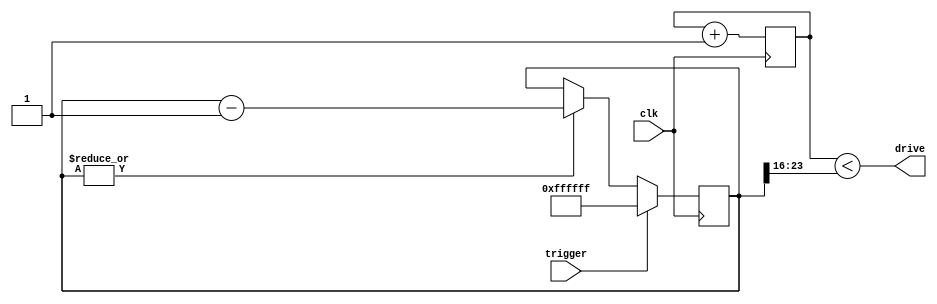
// When triggered, turn the output to maximum and start fading to black

// by teknohog

module pwm_fade (clk, trigger, drive);
   input trigger;
   input clk;
   output drive;

   //parameter FADE_BITS = 27;
   parameter LEVEL_BITS = 8;

   // Average block interval in clock cycles is
   // 2**32 / (clk * 0.5**ll2 * miners) * clk
   // where (clk * 0.5**ll2 * miners) is the hashrate
   parameter LOCAL_MINERS = 1;
   parameter LOOP_LOG2 = 1;
   //localparam FADE_BITS = 32 + LOOP_LOG2 - $clog2(LOCAL_MINERS);

   // Xilinx ISE 13.2 cannot handle $clog2 in localparam, but it works
   // in the index
`define FADE_BITS 24
   
   reg [LEVEL_BITS-1:0] pwm_counter;
   always @(posedge clk) pwm_counter = pwm_counter + 1;

   reg [`FADE_BITS-1:0] fade_counter = 0;
   always @(posedge clk)
     if (trigger) fade_counter = 0 - 1;
     else if (|fade_counter) fade_counter = fade_counter - 1;
   
   // For some reason, {FADE_BITS{1}} sets the register to zero, but
   // 0-1 works. Also, it needs to be explicitly initialized to
   // zero. Could be just a Nexys2 quirk, as these LEDs are routed to
   // general I/O pins too.
     
   wire [LEVEL_BITS-1:0] level;
   assign level = fade_counter[`FADE_BITS-1:`FADE_BITS-LEVEL_BITS];

   // With <= we cannot have true zero; with < we cannot have full
   // brightness. This is a rather fundamental problem, since we need
   // 256 timeslices to fill the whole, but the choice of "off" would
   // require an extra bit... of course, it is possible to get by
   // using a little extra logic.
   assign drive = (pwm_counter < level);
   
endmodule